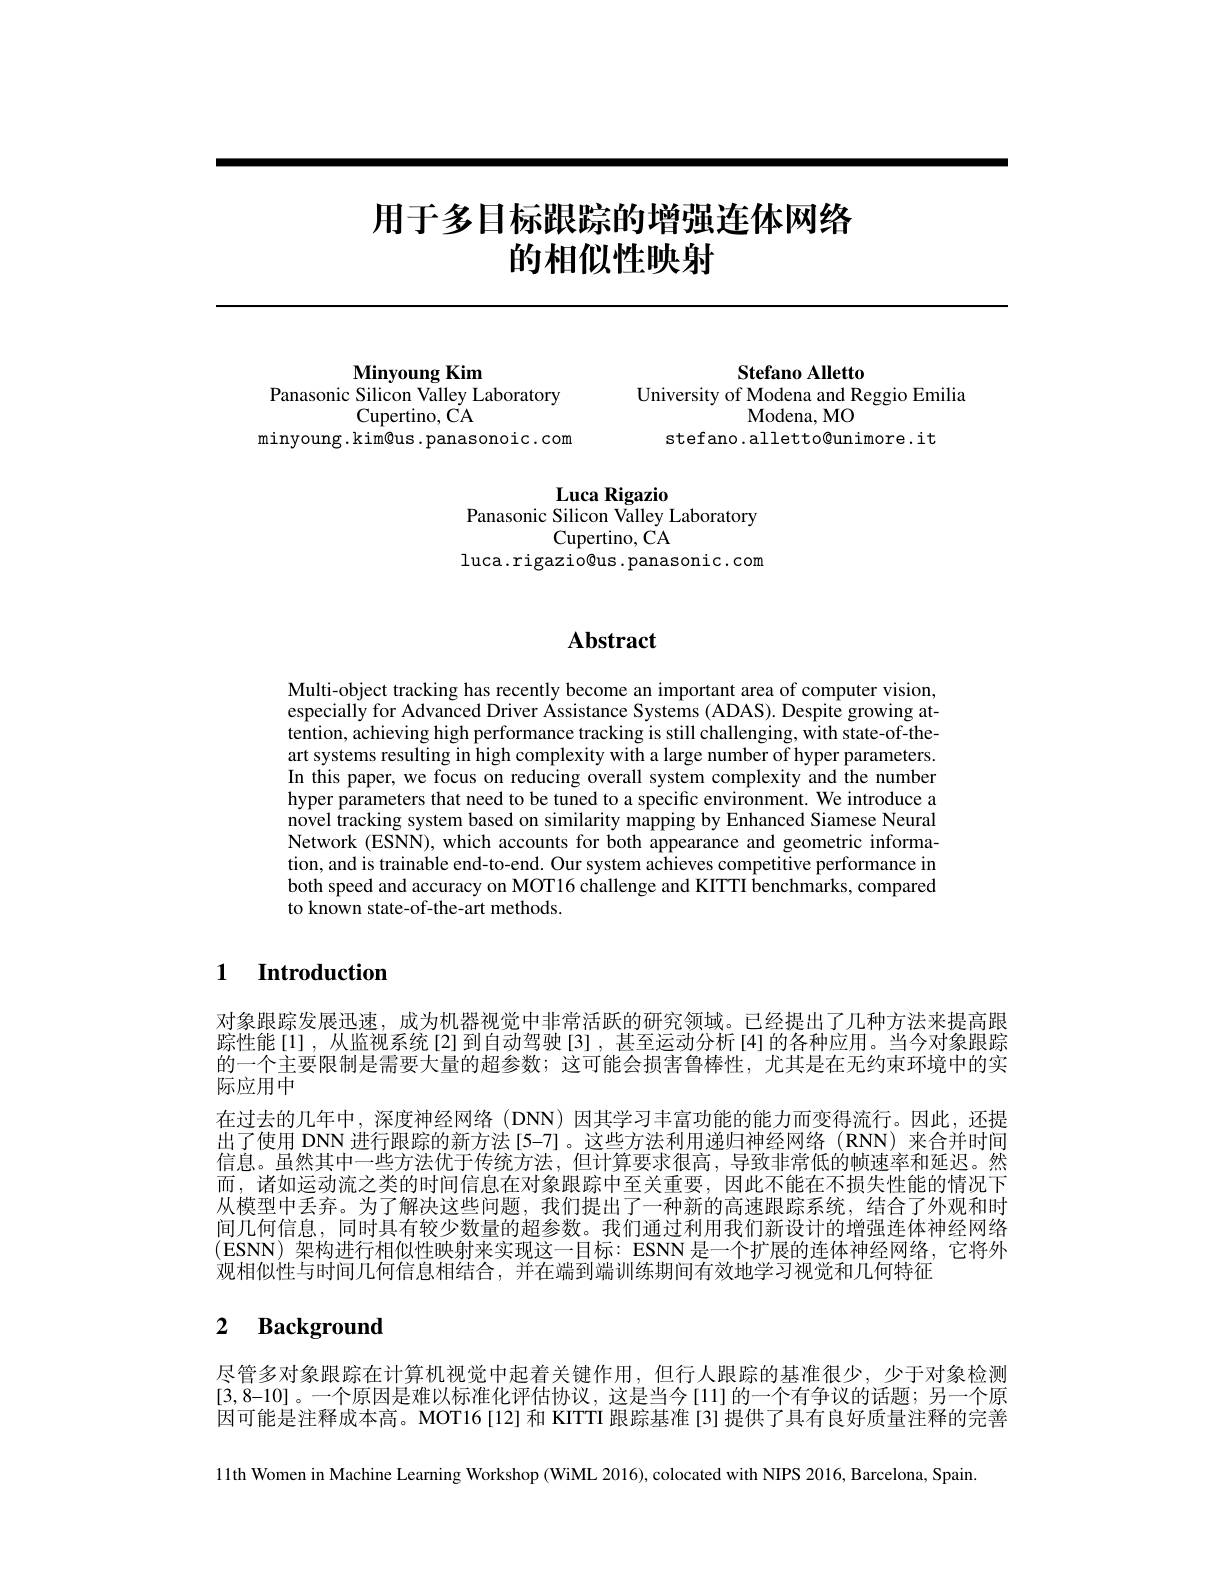
# 用于多目标跟踪的增强连体网络的相似性映射

Minyoung Kim
Panasonic Silicon Valley Laboratory
Cupertino, CA
minyoung.kim@us.panasonoic.com

Stefano Alletto
University of Modena and Reggio Emilia
Modena, MO
stefano. alletto@unimore. it

$\textbf{Luca Rigazio}$
Panasonic Silicon Valley Laboratory
Cupertino, CA
luca.rigazio@us.panasonic.com

## $\mathbf{Abstract}$

Multi-object tracking has recently become an important area of computer vision, especially for Advanced Driver Assistance Systems (ADAS). Despite growing attention, achieving high performance tracking is still challenging, with state-of-theart systems resulting in high complexity with a large number of hyper parameters. In this paper, we focus on reducing overall system complexity and the number hyper parameters that need to be tuned to a specific environment. We introduce a novel tracking system based on similarity mapping by Enhanced Siamese Neural Network (ESNN), which accounts for both appearance and geometric information, and is trainable end-to-end. Our system achieves competitive performance in both speed and accuracy on MOT16 challenge and KITTI benchmarks, compared to known state-of-the-art methods.

### $\textbf{1}$ $\textbf{Introduction}$

对象跟踪发展迅速，成为机器视觉中非常活跃的研究领域。已经提出了几种方法来提高跟踪性能[1],从监视系统[2]到自动驾驶[3],甚至运动分析[4]的各种应用。当今对象跟踪的一个主要限制是需要大量的超参数；这可能会损害鲁棒性，尤其是在无约束环境中的实际应用中
在过去的几年中，深度神经网络(DNN)因其学习丰富功能的能力而变得流行。因此，还提出了使用 DNN 进行跟踪的新方法[5-7]。这些方法利用递归神经网络(RNN)来合并时间信息。虽然其中一些方法优于传统方法，但计算要求很高，导致非常低的帧速率和延迟。然而，诸如运动流之类的时间信息在对象跟踪中至关重要，因此不能在不损失性能的情况下从模型中丢弃。为了解决这些问题，我们提出了一种新的高速跟踪系统，结合了外观和时间几何信息，同时具有较少数量的超参数。我们通过利用我们新设计的增强连体神经网络(ESNN)架构进行相似性映射来实现这一目标：ESNN 是一个扩展的连体神经网络，它将外观相似性与时间几何信息相结合，并在端到端训练期间有效地学习视觉和几何特征

### $\textbf{2}$ $\textbf{Background}$

尽管多对象跟踪在计算机视觉中起着关键作用，但行人跟踪的基准很少，少于对象检测[3,8-10]。一个原因是难以标准化评估协议，这是当今[11]的一个有争议的话题；另一个原因可能是注释成本高。MOT16[12]和 KITTI 跟踪基准 [3] 提供了具有良好质量注释的完善

11th Women in Machine Learning Workshop (WiML 2016), colocated with NIPS 2016, Barcelona, Spain